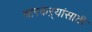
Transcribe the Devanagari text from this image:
वारकऱ्यांसाठी